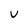
Character: U